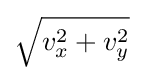
{\sqrt {v_{x}^{2}+v_{y}^{2}}}